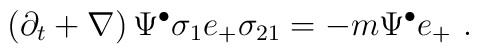
\left( \partial_t +  \nabla \right)  \Psi^{\bullet} \sigma_{1} e_+ \sigma_{21}= - m \Psi^{\bullet} e_+~.